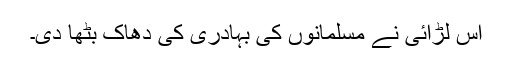
اس لڑائی نے مسلمانوں کی بہادری کی دھاک بٹھا دی۔